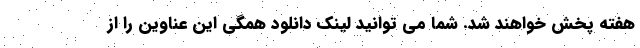
هفته پخش خواهند شد. شما می توانید لینک دانلود همگی این عناوین را از